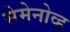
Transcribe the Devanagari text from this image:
सेमेनोव्ह